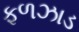
ફળઝાડ